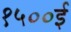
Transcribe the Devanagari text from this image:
१५००ई